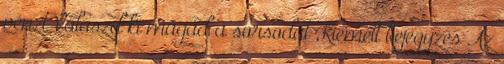
pénzt Válaszd ki magad a sorsodat Kiemelt bejegyzés Az